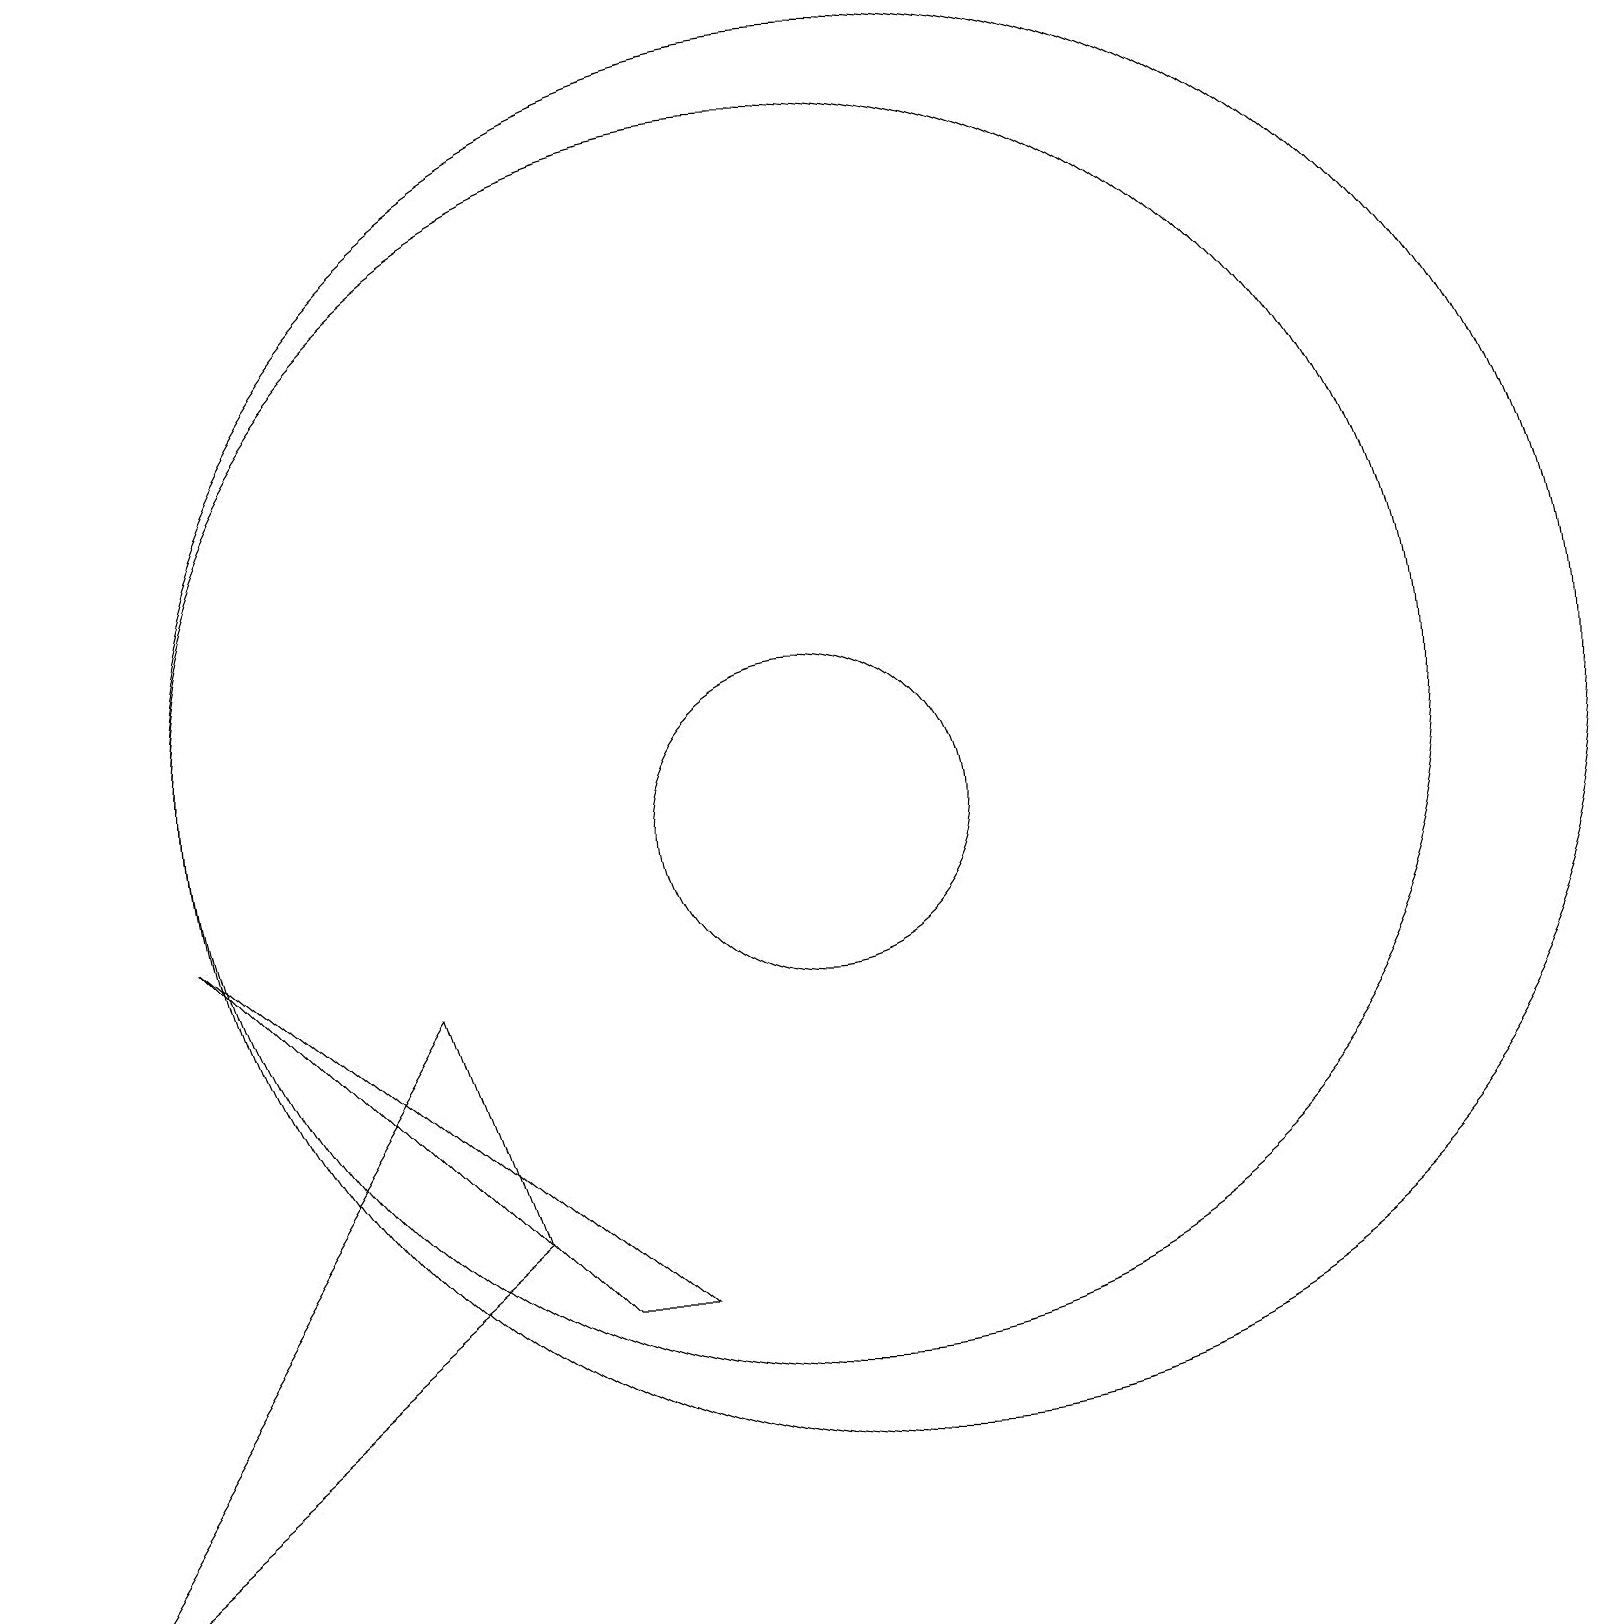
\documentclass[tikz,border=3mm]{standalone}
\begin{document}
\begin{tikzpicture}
\draw (2,9) -- (8,4) -- (7,4) -- cycle;
\draw (5,8) -- (6,5) -- (0,0) -- cycle;
\draw (10,11) circle (8);
\draw (10,10) circle (2);
\draw (11,11) circle (9);
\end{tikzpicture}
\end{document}